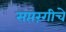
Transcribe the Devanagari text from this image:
सप्तरंगीचे